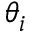
\theta _ { i }